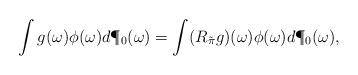
LaTeX: \begin{align*}\int g(\omega)\phi(\omega)d\P_0(\omega) = \int (R_{\tilde \pi} g) (\omega)\phi(\omega)d\P_0(\omega),\end{align*}